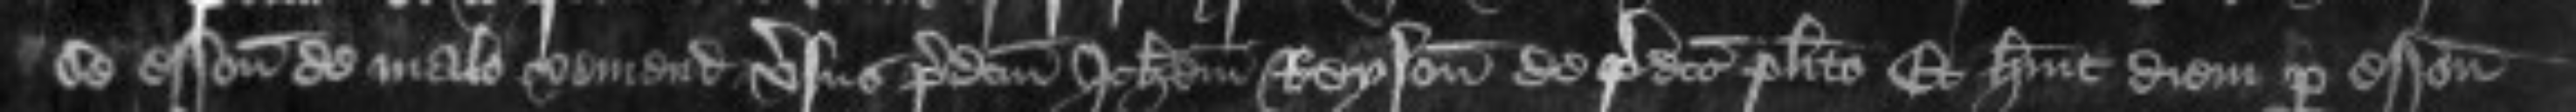
se essoniari de malo veniendo versus predictum Johannem Reyson de predicto placito Et habuit diem per essonium